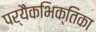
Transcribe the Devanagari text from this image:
पर्यैकभिक्तिका